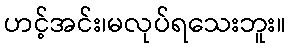
ဟင့်အင်း၊မလုပ်ရသေးဘူး။